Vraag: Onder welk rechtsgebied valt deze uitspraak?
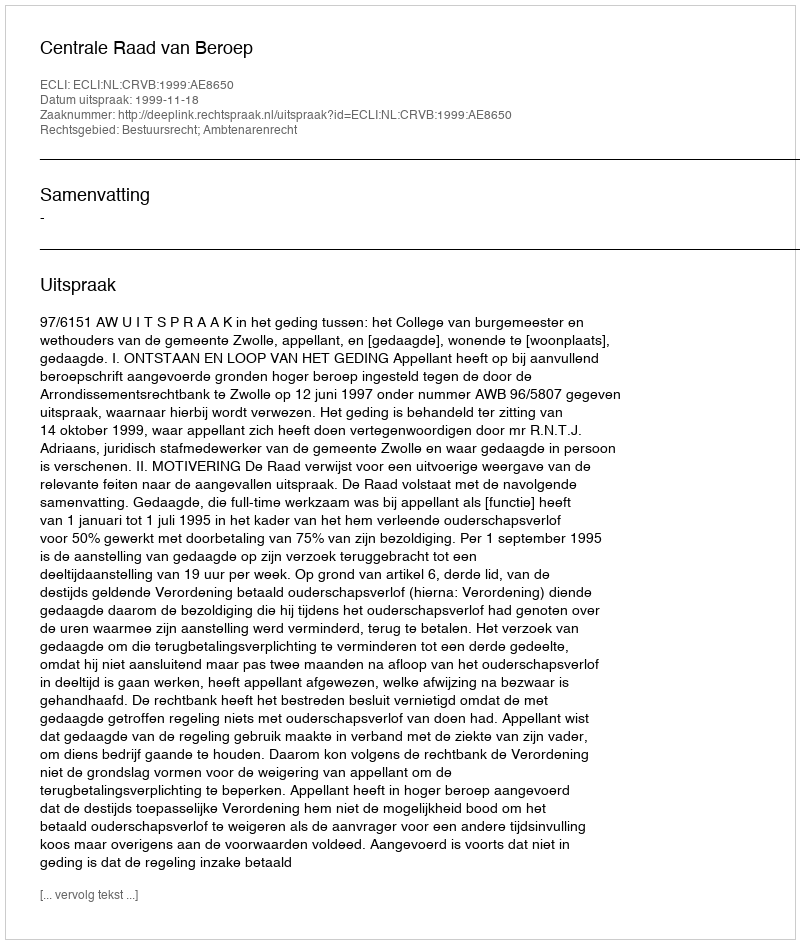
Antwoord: Bestuursrecht; Ambtenarenrecht